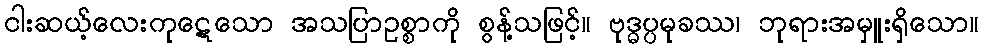
ငါးဆယ့်လေးကုဋေသော အသပြာဥစ္စာကို စွန့်သဖြင့်။ ဗုဒ္ဓပ္ပမုခဿ၊ ဘုရားအမှူးရှိသော။